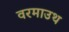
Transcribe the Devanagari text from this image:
वरमाउथ